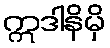
ဣဒါနိမှိ